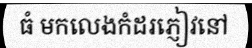
ធំ មកលេងកំដរភ្ញៀវនៅ